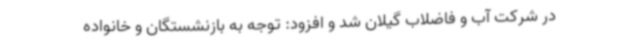
در شرکت آب و فاضلاب گیلان شد و افزود: توجه به بازنشستگان و خانواده